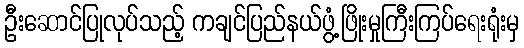
ဦးဆောင်ပြုလုပ်သည့် ကချင်ပြည်နယ်ဖွံ့ဖြိုးမှုကြီးကြပ်ရေးရုံးမှ